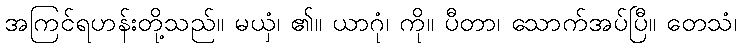
အကြင်ရဟန်းတို့သည်။ မယှံ၊ ၏။ ယာဂုံ၊ ကို။ ပီတာ၊ သောက်အပ်ပြီ။ တေသံ၊